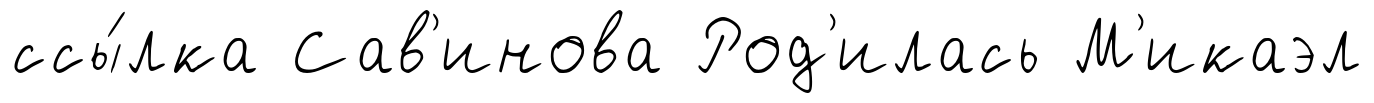
ссы́лка Сав'инова Род'илась М'икаэл